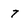
Character: 7